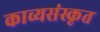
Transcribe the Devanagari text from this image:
काव्यसंस्कृत